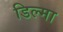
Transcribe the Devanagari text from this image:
डिल्मा